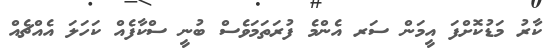
ކާރު މަޑުކޮށްފަ އީމަން ސަރ އެންމެ ފުރަތަމަވެސް ބުނީ ސްކާފެއް ކަހަލަ އެއްޗެއް